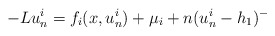
\begin{align*}-Lu_{n}^{i}=f_{i}(x, u_{n}^{i}) +\mu_{i} + n(u_{n}^{i}-h_{1})^{-}\end{align*}